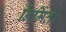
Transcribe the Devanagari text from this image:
निर्मित।